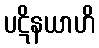
ပဋိနယာဟိ